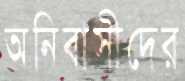
অনিবাসীদের